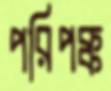
পরিপক্ক